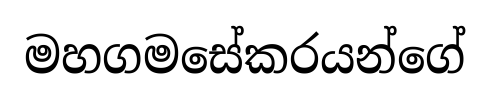
මහගමසේකරයන්ගේ